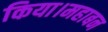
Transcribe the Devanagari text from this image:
किया।महाबन